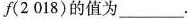
f(2018)$$的值为___。